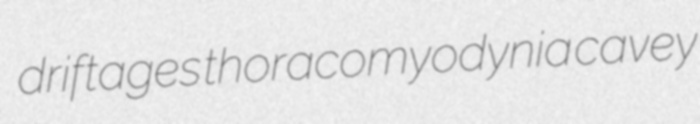
driftages thoracomyodynia cavey